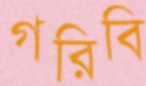
গরিবি